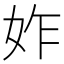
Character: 妰